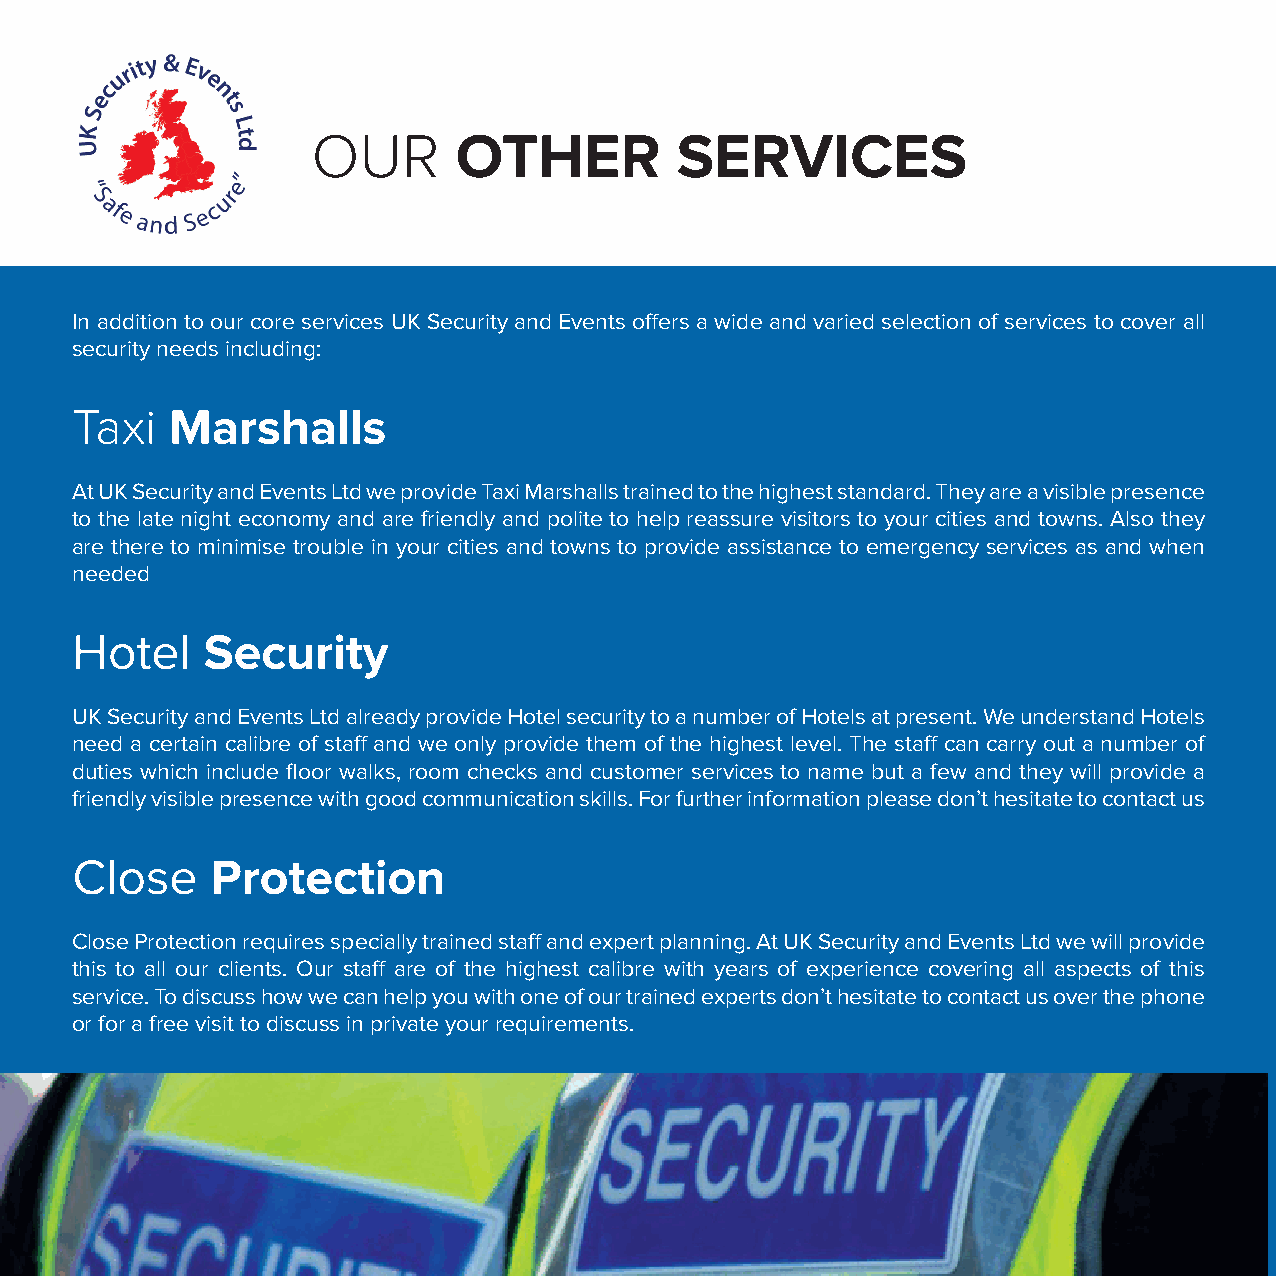
OUR      OTHER          SERVICES
 In addition to our core services UK Security and Events offers a wide and varied selection of services to cover all
 security needs including:
 Taxi  Marshalls
 At UK Security and Events Ltd we provide Taxi Marshalls trained to the highest standard. They are a visible presence
 to the late night economy and are friendly and polite to help reassure visitors to your cities and towns. Also they
 are there to minimise trouble in your cities and towns to provide assistance to emergency services as and when
 needed
 Hotel   Security
 UK Security and Events Ltd already provide Hotel security to a number of Hotels at present. We understand Hotels
 need a certain calibre of staff and we only provide them of the highest level. The staff can carry out a number of
 duties which include floor walks, room checks and customer services to name but a few and they will provide a
 friendly visible presence with good communication skills. For further information please don’t hesitate to contact us
 Close    Protection
 Close Protection requires specially trained staff and expert planning. At UK Security and Events Ltd we will provide
 this to all our clients. Our staff are of the highest calibre with years of experience covering all aspects of this
 service. To discuss how we can help you with one of our trained experts don’t hesitate to contact us over the phone
 or for a free visit to discuss in private your requirements.